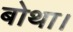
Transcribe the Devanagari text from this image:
बोथा।